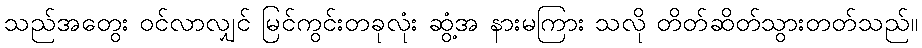
သည်အတွေး ဝင်လာလျှင် မြင်ကွင်းတခုလုံး ဆွံ့အ နားမကြား သလို တိတ်ဆိတ်သွားတတ်သည်။